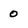
Character: 0